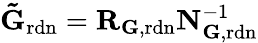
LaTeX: \mathbf{\tilde{G}}_{\mathrm{rdn}}=\mathbf{R}_{{\mathbf G},\mathrm{rdn}}\mathbf{N}_{\mathbf{G},\mathrm{rdn}}^{-1}